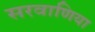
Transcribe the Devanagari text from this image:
सरवाणिया